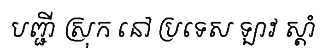
បញ្ជី ស្រុក នៅ ប្រទេស ឡាវ ស្តាំ